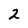
Character: 2